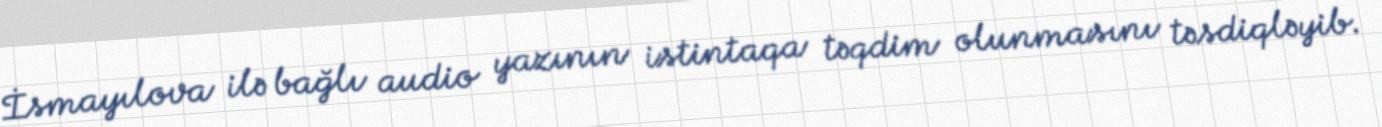
İsmayılova ilə bağlı audio yazının istintaqa təqdim olunmasını təsdiqləyib.